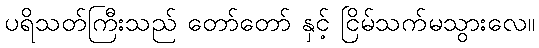
ပရိသတ်ကြီးသည် တော်တော် နှင့် ငြိမ်သက်မသွားလေ။